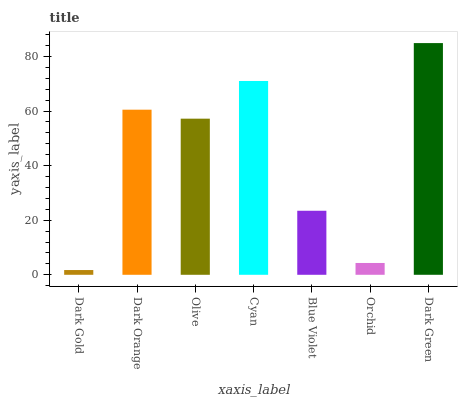
| xaxis_label | bars |
 | --- | --- |
 | Dark Gold | 1.74 |
 | Dark Orange | 60.5 |
 | Olive | 57.2 |
 | Cyan | 71 |
 | Blue Violet | 23.5 |
 | Orchid | 4.33 |
 | Dark Green | 84.9 |